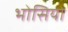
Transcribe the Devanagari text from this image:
भोसिया